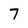
Character: 7